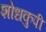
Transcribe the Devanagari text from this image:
शोधकुपी